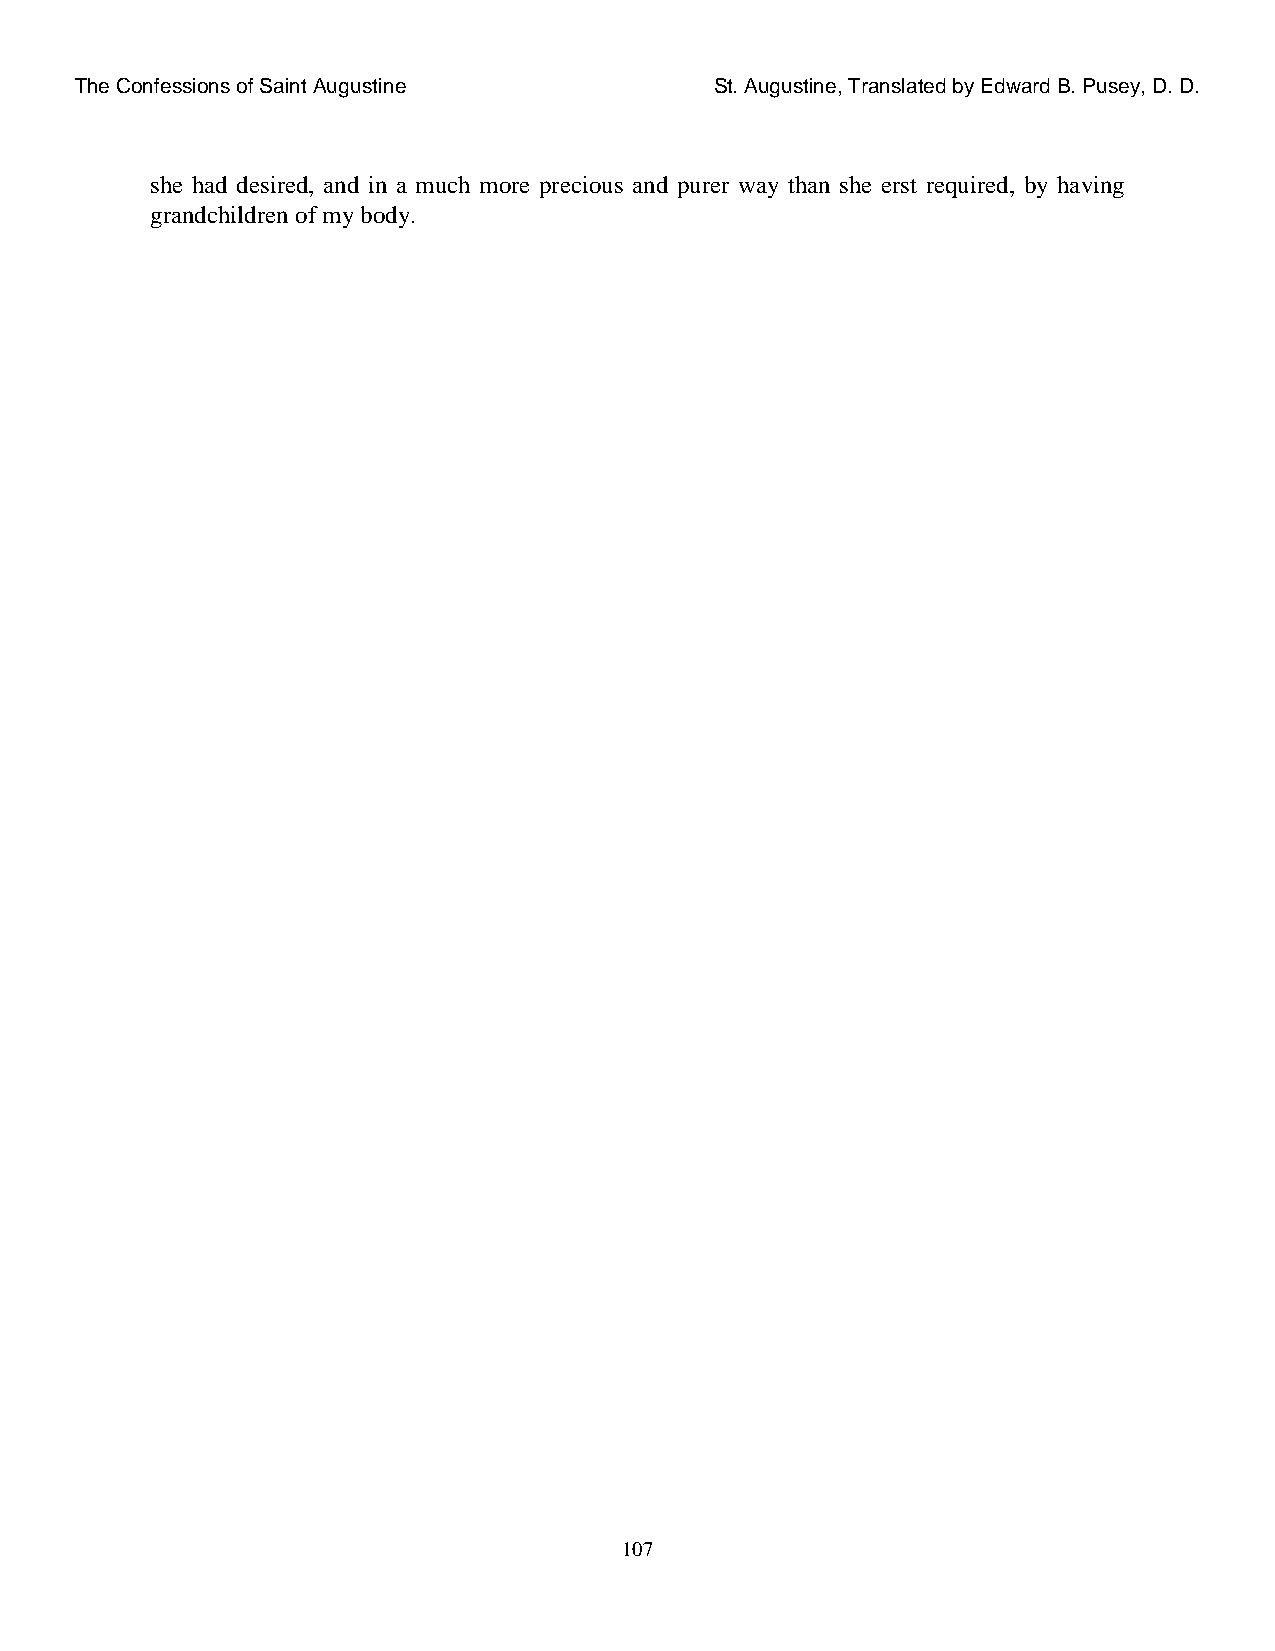
The Confessions of Saint Augustine        St. Augustine, Translated by Edward B. Pusey, D. D.
 she had desired, and in a much more precious and purer way than she erst required, by having
 grandchildren of my body.
 107